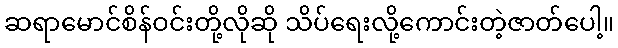
ဆရာမောင်စိန်ဝင်းတို့လိုဆို သိပ်ရေးလို့ကောင်းတဲ့ဇာတ်ပေါ့။